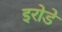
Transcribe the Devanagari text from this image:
इरोडे